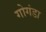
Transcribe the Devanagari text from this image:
गोगंडा